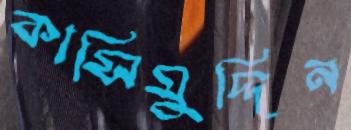
কাসিমুদ্দিন